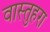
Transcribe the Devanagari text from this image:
वास्तुहरा